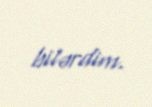
bilərdim.